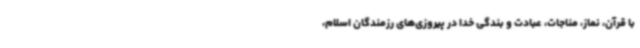
با قرآن، نماز، مناجات، عبادت و بندگی خدا در پیروزی‌های رزمندگان اسلام،